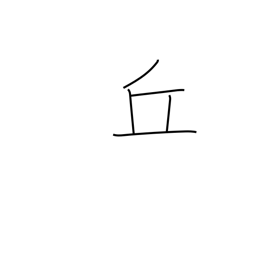
Meaning: hill